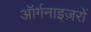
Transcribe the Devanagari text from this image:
ऑर्गनाइज़रों